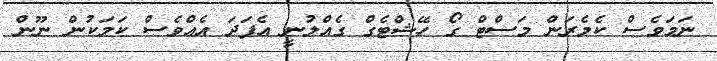
ނަމަވެސް ކެމެރަން މަސްޓް ގޯ ހޭޝްޓެގް ގެއްލުނީ އެފަދަ އެއްވެސް ކަމަކުން ނޫން